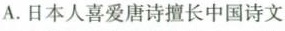
A.日本人喜爱唐诗擅长中国诗文